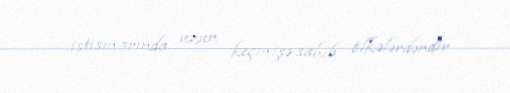
istismarında uzun keçmişə sahib ölkələrdəndir.